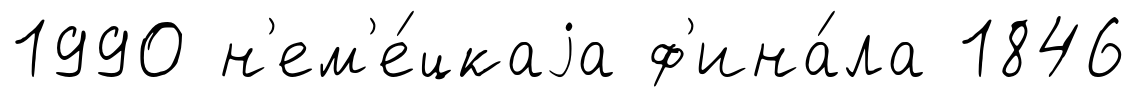
1990 н'ем'е́цкаjа ф'ина́ла 1846